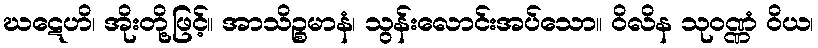
ဃဋေဟိ၊ အိုးတို့ဖြင့်။ အာသိဉ္စမာနံ၊ သွန်းလောင်းအပ်သော။ ဝိလိန သုဝဏ္ဏံ ဝိယ၊